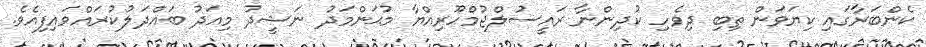
ކެންބަރާގައި ކިޔަވަން ތިބި ދިވެހި ކުދިންނާ ރައީސުލްޖުމްހޫރިއްޔާ މުޙަންމަދު ނަޝީދު މިއަދު ބައްދަލުކުރައްވައިފިއެވެ.